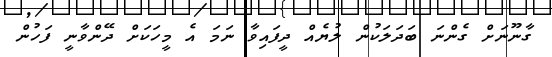
ގާނޫނަށް ގެންނަ ބަދަލަކުން ލުޔެއް ދީފައިވާ ނަމަ އެ މީހަކަށް ދޭންވާނީ ފަހުން